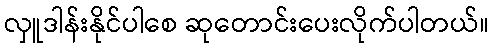
လှူဒါန်းနိုင်ပါစေ ဆုတောင်းပေးလိုက်ပါတယ်။